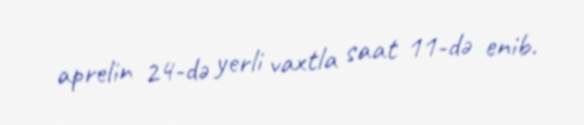
aprelin 24-də yerli vaxtla saat 11-də enib.